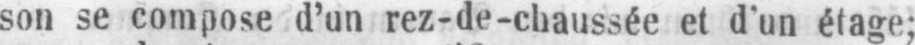
son se compose d’un rez-de-chaussée et d’un étage;